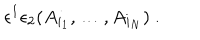
LaTeX: \epsilon ^ { 1 } \epsilon _ { 2 } ( A _ { i _ { 1 } } , \dots , A _ { i _ { N } } ) \ .